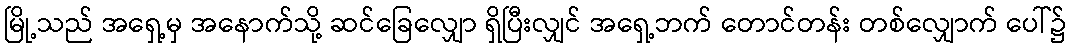
မြို့သည် အရှေ့မှ အနောက်သို့ ဆင်ခြေလျှော ရှိပြီးလျှင် အရှေ့ဘက် တောင်တန်း တစ်လျှောက် ပေါ်၌